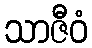
သာဇီဝံ